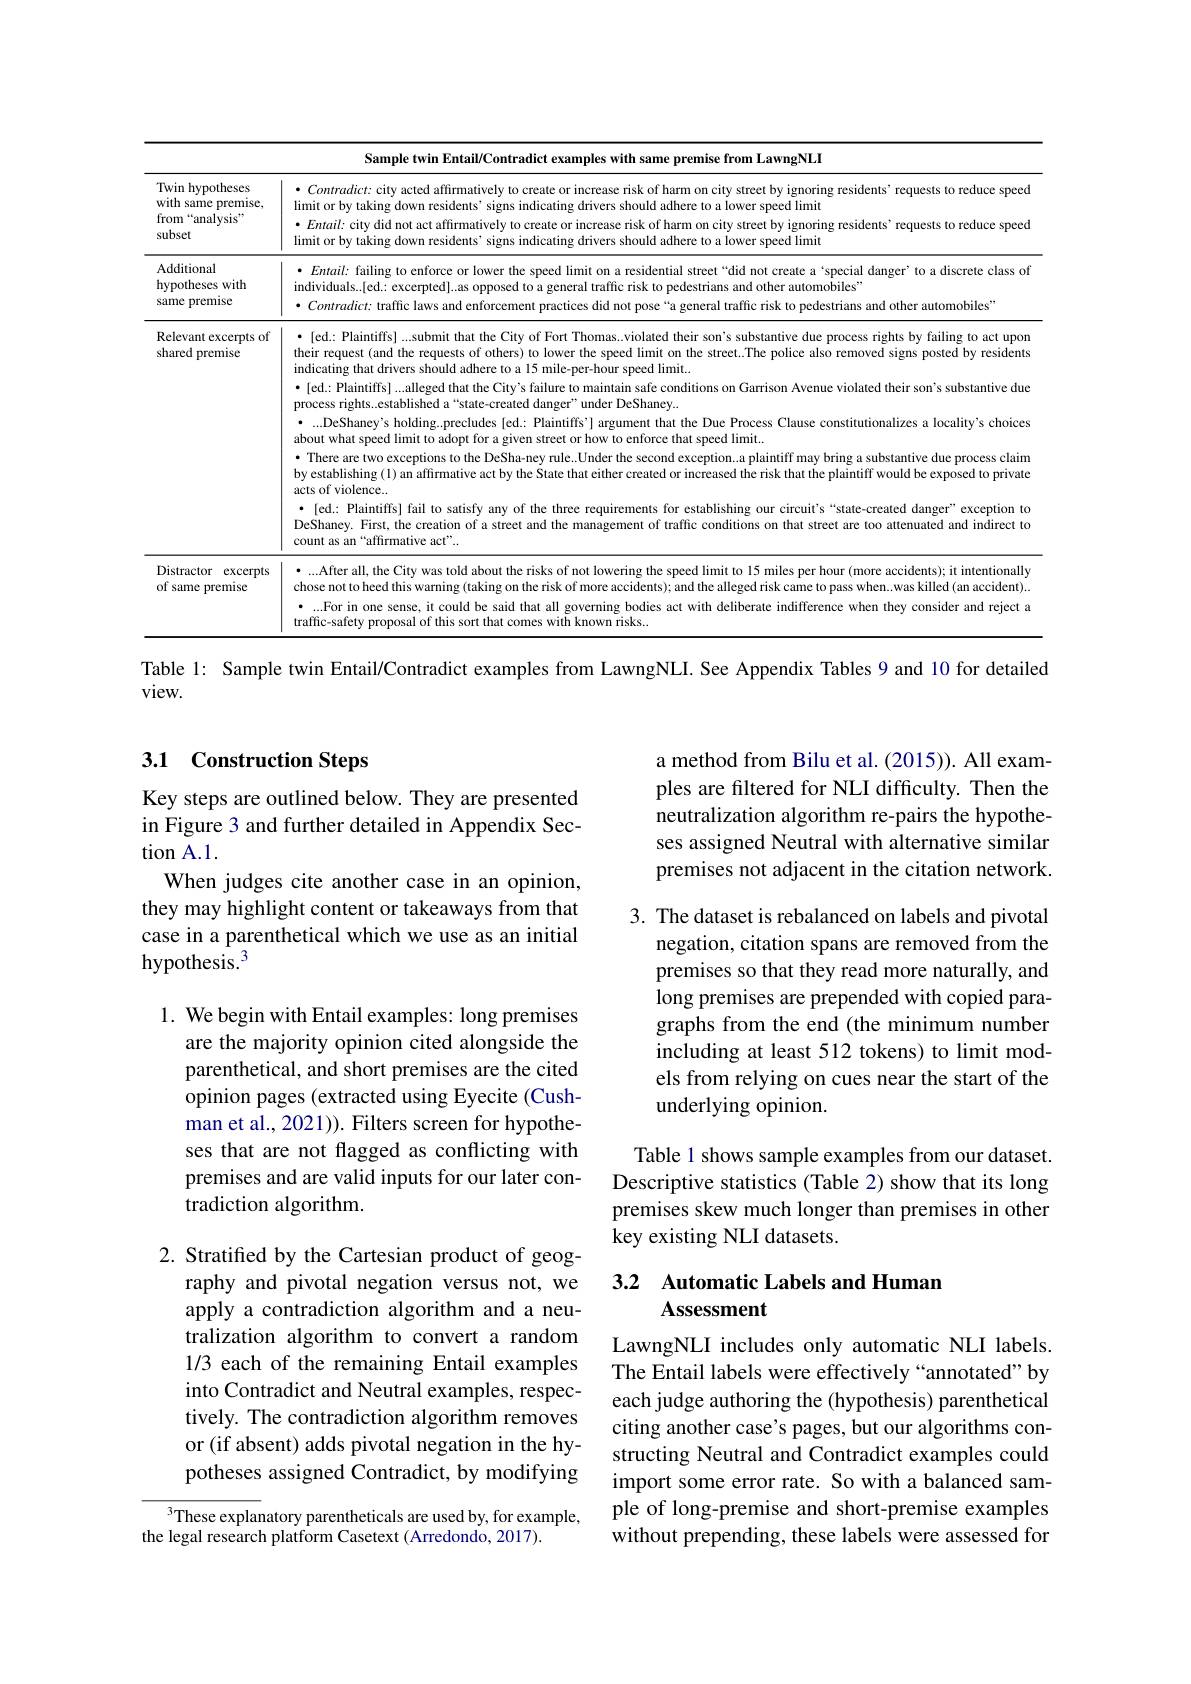
<table>
	<tbody>
		<tr>
			<td colspan="2">Sample twin Entail/Contradict examples with same premise from LawngNLI</td>
		</tr>
		<tr>
			<td>Twin hypotheses with s same premise, from “analysis” subset</td>
			<td>$\bullet \textit{ Contradict: city acted affirmatively to create or increase risk of harm on city street by ignoring residents’ requests to reduce speede tis to reduce speede tis tis tis tis tis tis tis tis tis tis tis tis tis tis tis tis tis tis tis tis tis tis tis t}$ limit or by taking down residents' signs indicating drivers should adhere to a lower speed limit limit or by taking down residents' signs indicating drivers should adhere to a lower speed limit $\bullet Entail:$ city did not act affirmatively to create or increase risk of harm on city street by ignoring residents’requests to reduce speeco</td>
		</tr>
		<tr>
			<td>Additional hypotheses with same premise</td>
			<td>· Entail: failing to enforce or lower the speed limit on a residential street“did not create a‘special danger’ to a discrete class ot individuals..[ed.: excerpted]..as opposed to a general traffic risk to pedestrians and other automobiles" $\bullet \textit{Contradict: trafficlaws and enforcement practices did not pose“ a general traffic risk to pedestrians and other automobiles' }$</td>
		</tr>
		<tr>
			<td>Relevant excerpts of shared premise</td>
			<td> $\bullet$ [ed.: Plaintiffs] ...submit that the City of Fort Thomas..violated their son's substantive due process rights by failing to act upor indicating that drivers should adhere to a 15 mile-per-hour speed limit. $\bullet$ [ed.: Plaintiffs] ...alleged that the City's failure to maintain safe conditions on Garrison Avenue violated their son's substantive due process rights...established a“state-created danger”under DeShaney... about what speed limit to adopt for a given street or how to enforce that speed limit.. ·...DeShaney's holding...precludes {ed.: Plaintiffs’] argument that the Due Process Clause constitutionalizes a locality's choices · There are two exceptions to the DeSha-ney rule..Under the second exception..a plaintiff may bring a substantive due process claim by establishing (1) an affirmative act by the State that either created or increased the risk that the plaintiff would be exposed to privating (1) an affirmative act by the State thate that eintintiff would be exposed to private (1) an affirmative ac acts of violence. · [ed.: Plaintiffs] fail to satisfy any of the three requirements for establishing our circuit's “state-created danger”exception to DeShaney. First, the creation of a street and the management of traffic conditions on that street are too attenuated and indirect to count as an “affirmative act”.</td>
		</tr>
		<tr>
			<td>Distractor excerpts of same premise</td>
			<td>$•...$After all, the City was told about the risks of not lowering the speed limit to 15 miles per hour (more accidents); it intentionally chose not to hecd this warning (taking on the risk of more accidents); and the alleged risk came to pass when..was killed (an accident). traffic-safety ·....For in one sense, it could be said that all governing bodies act with deliberate indifference when they consider and reject a</td>
		</tr>
	</tbody>
</table>
Table 1: Sample twin Entail/Contradict examples from LawngNLI. See Appendix Tables 9 and 10 for detailed

view.

## 3.1 Construction Steps

a method from Bilu et al. (2015)). All examples are filtered for NLI difficulty. Then the neutralization algorithm re-pairs the hypotheses assigned Neutral with alternative similar premises not adjacent in the citation network.

Key steps are outlined below. They are presented in Figure 3 and further detailed in Appendix Section A.1.

When judges cite another case in an opinion, they may highlight content or takeaways from that case in a parenthetical which we use as an initial hypothesis.$^3$

3. The dataset is rebalanced on labels and pivotal
negation, citation spans are removed from the premises so that they read more naturally, and long premises are prepended with copied paragraphs from the end (the minimum number including at least 512 tokens) to limit models from relying on cues near the start of the underlying opinion.

1. We begin with Entail examples: long premises
are the majority opinion cited alongside the parenthetical, and short premises are the cited opinion pages (extracted using Eyecite (Cushman et al., 2021)). Filters screen for hypotheses that are not flagged as conflicting with premises and are valid inputs for our later contradiction algorithm.

Table 1 shows sample examples from our dataset. Descriptive statistics (Table 2) show that its long premises skew much longer than premises in other key existing NLI datasets.

## 3.2 Automatic Labels and Human Assessment

2. Stratifed by the Cartesian product of geog-
raphy and pivotal negation versus not, we apply a contradiction algorithm and a neutralization algorithm to convert a random 1/3 each of the remaining Entail examples into Contradict and Neutral examples, respectively. The contradiction algorithm removes or (if absent) adds pivotal negation in the hypotheses assigned Contradict, by modifying

LawngNLI includes only automatic NLI labels. The Entail labels were effectively“annotated”by each judge authoring the (hypothesis) parenthetical citing another case's pages, but our algorithms constructing Neutral and Contradict examples could import some error rate. So with a balanced sample of long-premise and short-premise examples without prepending, these labels were assessed for

$^{3}$These explanatory parentheticals are used by, for example,
the legal research platform Casetext (Arredondo, 2017).